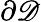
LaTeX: \partial\mathscr{D}